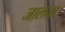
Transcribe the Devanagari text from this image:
जालजा